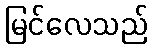
မြင်လေသည်